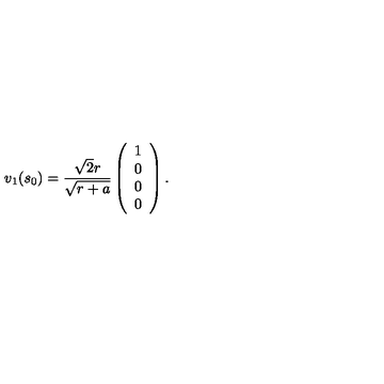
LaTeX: v _ { 1 } ( s _ { 0 } ) = { \frac { \sqrt { 2 } r } { \sqrt { r + a } } } \left( \begin{array} { c } { 1 } \\ { 0 } \\ { 0 } \\ { 0 } \\ \end{array} \right) .